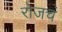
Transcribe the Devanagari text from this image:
रोजचं